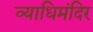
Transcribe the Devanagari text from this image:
व्याधिमंदिर